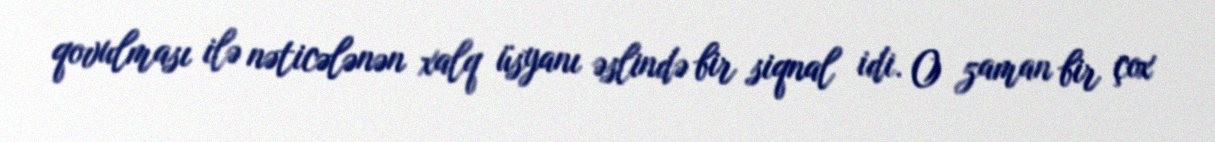
qovulması ilə nəticələnən xalq üsyanı əslində bir siqnal idi. O zaman bir çox